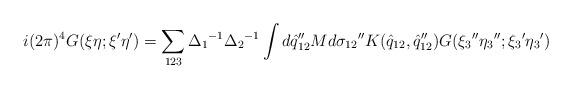
LaTeX: \begin{align*}i(2\pi)^4 G(\xi \eta ;{\xi}' {\eta}') = \sum_{123}{\Delta_1}^{-1} {\Delta_2}^{-1} \int d{{\hat q}_{12}}'' M d{\sigma_{12}}''K({\hat q}_{12}, {{\hat q}_{12}}'') G({\xi_3}'' {\eta_3}'';{\xi_3}' {\eta_3}')\end{align*}